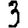
Digit: 3